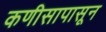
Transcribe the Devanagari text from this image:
कणीसापासून